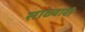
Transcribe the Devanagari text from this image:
साठवावी